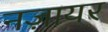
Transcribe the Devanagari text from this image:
नज़ायर